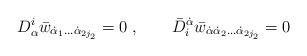
LaTeX: \begin{align*} D^i_\alpha \bar w_{\dot\alpha_1\ldots\dot\alpha_{2j_2}}=0\;, \qquad \bar D_i^{\dot\alpha}\bar w_{\dot\alpha\dot\alpha_2\ldots\dot\alpha_{2j_2}}=0\end{align*}